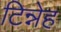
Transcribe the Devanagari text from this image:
टिन्नेह